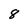
Character: 8